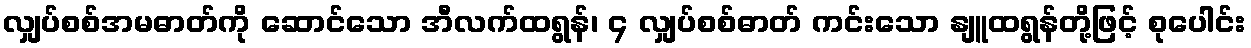
လျှပ်စစ်အမဓာတ်ကို ဆောင်သော အီလက်ထရွန်၊ ၄ လျှပ်စစ်ဓာတ် ကင်းသော နျူထရွန်တို့ဖြင့် စုပေါင်း